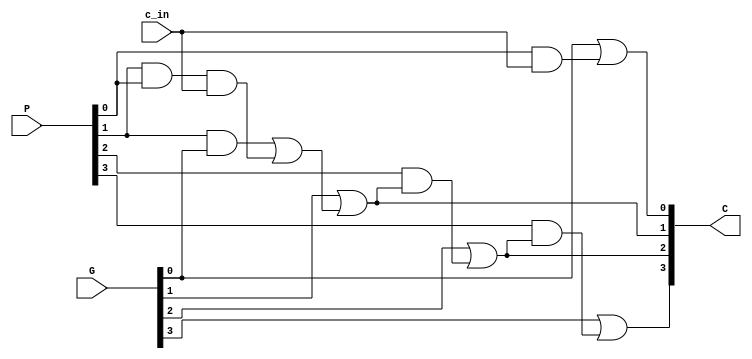
`timescale 1ns / 1ps
//////////////////////////////////////////////////////////////////////////////////
// Company: 
// Engineer: 
// 
// Design Name: 
// Module Name: CLA_4bit
// Project Name: 
// Target Devices: 
// Tool Versions: 
// Description: 
// 
// Dependencies: 
// 
// Revision:
// Revision 0.01 - File Created
// Additional Comments:
// 
//////////////////////////////////////////////////////////////////////////////////


module Mult_CLAgen_4bit(
input [3:0] G,
input [3:0] P,
input c_in,
output reg [4:1] C
);

//always@(*)
//begin
//        C[1] = G[0] + (P[0] & c_in);
//        C[2] = G[1] + (P[1] & C[1]);
//        C[3] = G[2] + (P[2] & C[2]);
//        C[4] = G[3] + (P[3] & C[3]);
//end
always@(*)
begin
        C[1] <= G[0] | (P[0] & c_in);
        C[2] <= G[1] | (P[1] & (G[0])| (P[1] & P[0] & c_in));
        C[3] <= G[2] | (P[2] & (G[1] | (P[1] & (G[0]) | (P[1] & P[0] & c_in))));
        C[4] <= G[3] | (P[3] & (G[2] | (P[2] & (G[1] | (P[1] & (G[0]) | (P[1] & P[0] & c_in))))));
end
endmodule